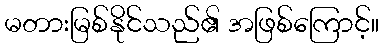
မတားမြစ်နိုင်သည်၏ အဖြစ်ကြောင့်။